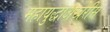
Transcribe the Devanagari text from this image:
महायुद्धाअखेरीस